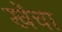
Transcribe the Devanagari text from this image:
खेंचा